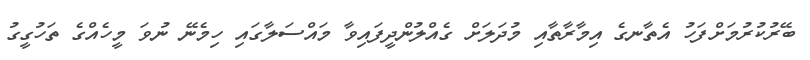
ބޭރުކުރުމަށްފަހު އެތާނގެ އިމާރާތާއި މުދަލަށް ގެއްލުންދީފައިވާ މައްސަލާގައި ހިމެނޭ ނުވަ މީހެއްގެ ތަހުގީގު